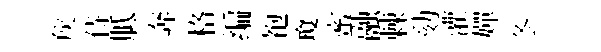
矦侍胝奔格编袍瓊蜜融棘劾灌嬋冬